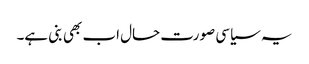
یہ سیاسی صورت حال اب بھی بنی ہے۔